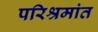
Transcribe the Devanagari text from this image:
परिश्रमांत